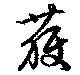
獲